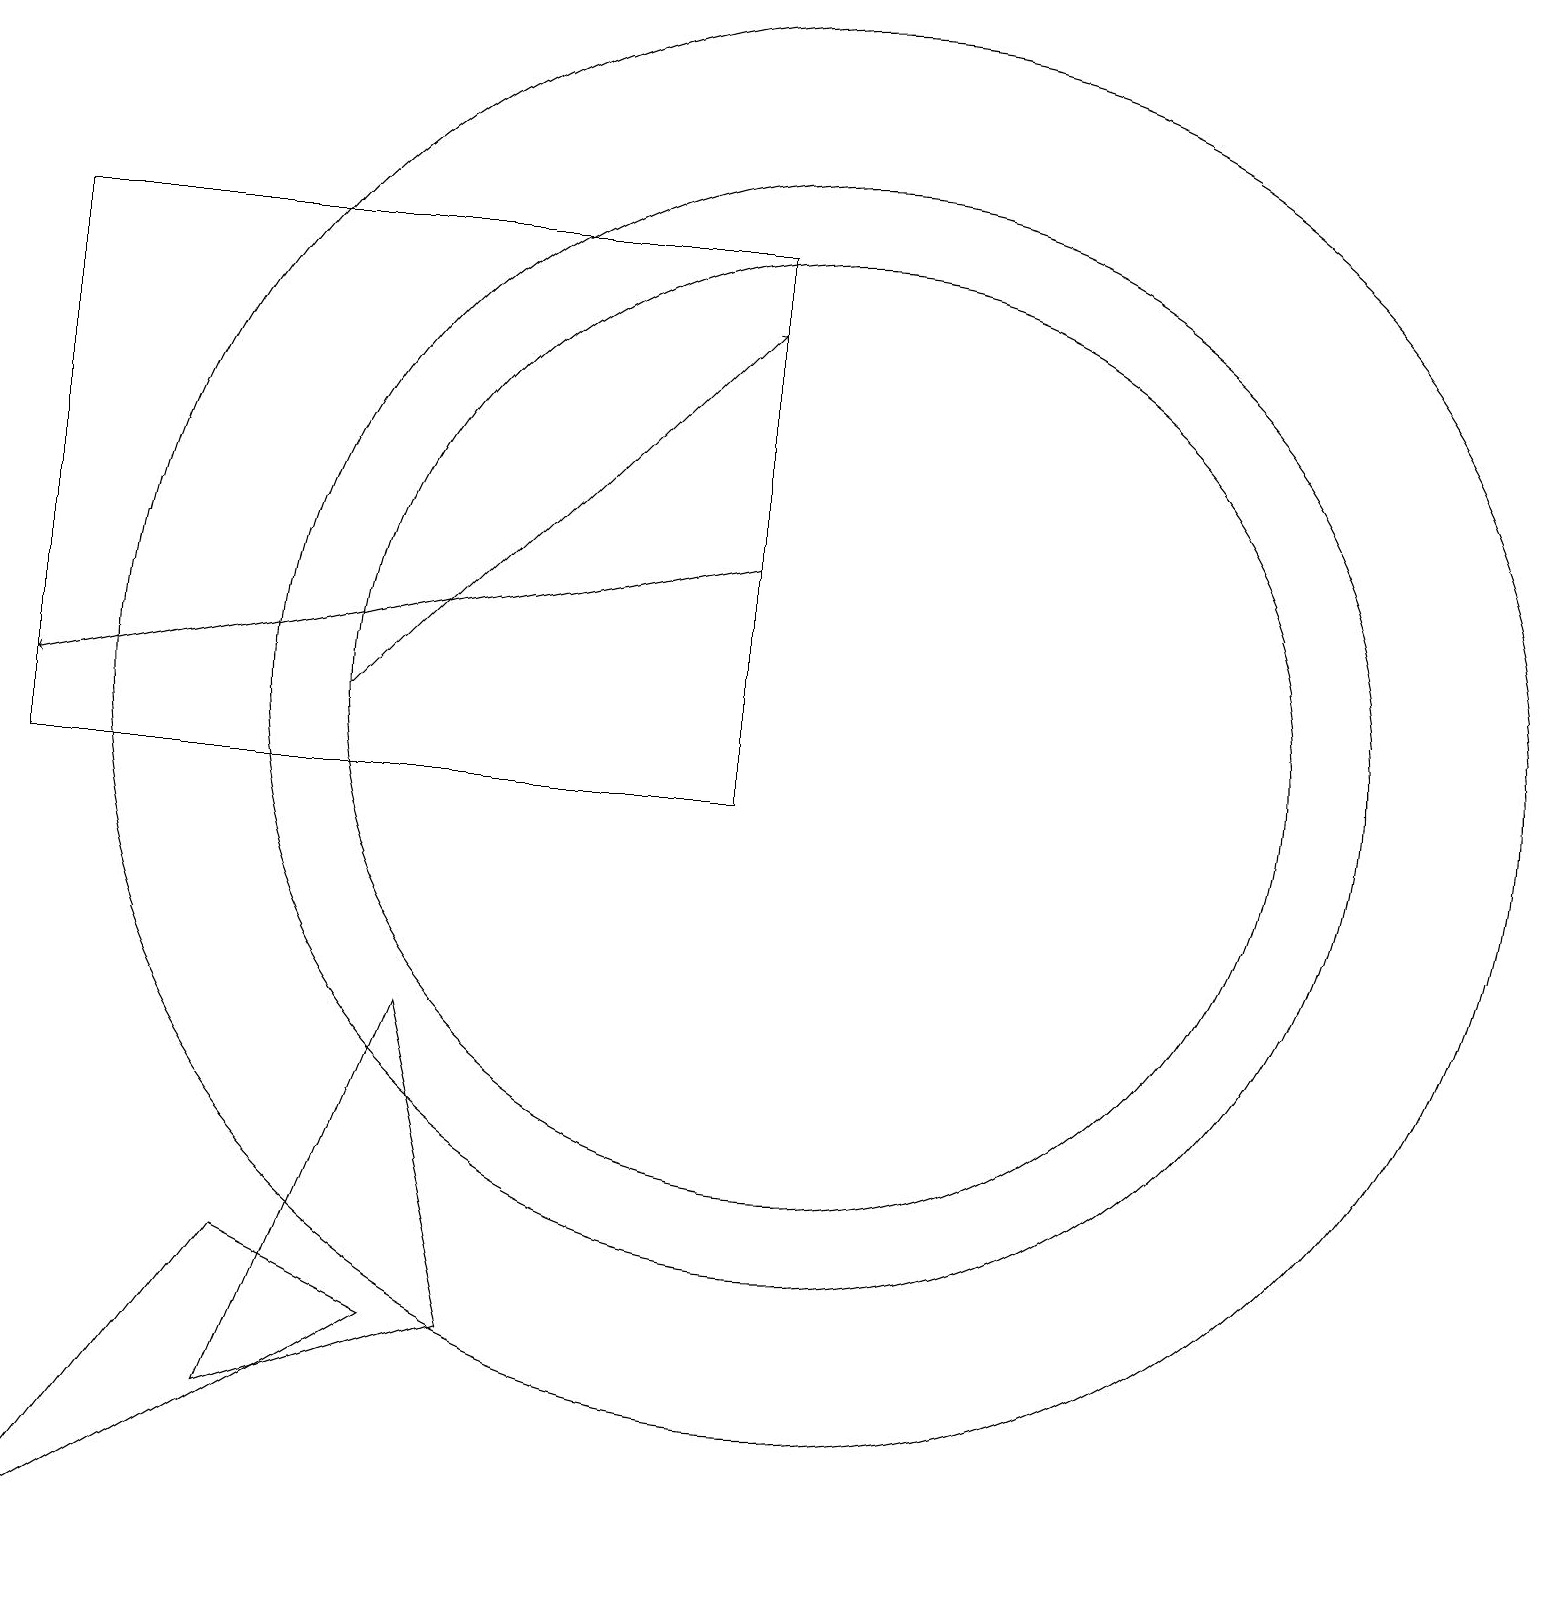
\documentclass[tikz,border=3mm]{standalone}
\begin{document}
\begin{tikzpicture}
\draw (10,11) circle (6);
\draw[->] (9,13) -- (0,11);
\draw (10,11) circle (7);
\draw (0,17) rectangle (9,10);
\draw (3,2) -- (6,3) -- (5,7) -- cycle;
\draw[->] (4,11) -- (9,16);
\draw (10,11) circle (9);
\draw (0,0) -- (3,4) -- (5,3) -- cycle;
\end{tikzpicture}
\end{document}